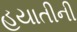
હયાતીની